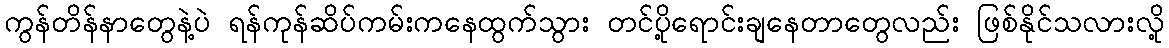
ကွန်တိန်နာတွေနဲ့ပဲ ရန်ကုန်ဆိပ်ကမ်းကနေထွက်သွား တင်ပို့ရောင်းချနေတာတွေလည်း ဖြစ်နိုင်သလားလို့